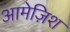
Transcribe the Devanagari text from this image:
आमेज़िश